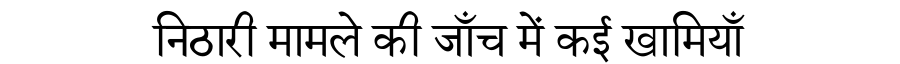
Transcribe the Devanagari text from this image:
निठारी मामले की जाँच में कई खामियाँ